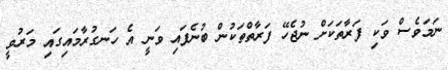
ނަމަވެސް ވަކި ފަރާތަކަށް ނުޖެހޭ ފަރާތްތަކުން ބުނެފައި ވަނީ އެ ހަނގުރާމައިގައި މަރުވީ